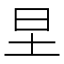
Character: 圼